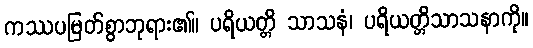
ကဿပမြတ်စွာဘုရား၏။ ပရိယတ္တိ သာသနံ၊ ပရိယတ္တိသာသနာကို။